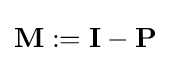
\mathbf {M} :=\mathbf {I} -\mathbf {P}